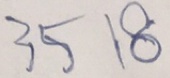
3 5 1 8